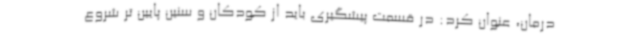
درمان، عنوان کرد: در قسمت پیشگیری باید از کودکان و سنین پایین تر شروع